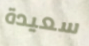
سعيدة